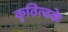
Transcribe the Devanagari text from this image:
कृतित्वके